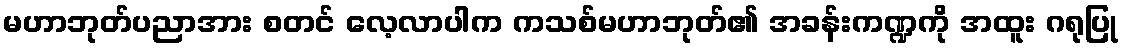
မဟာဘုတ်ပညာအား စတင် လေ့လာပါက ကသစ်မဟာဘုတ်၏ အခန်းကဏ္ဍကို အထူး ဂရုပြု